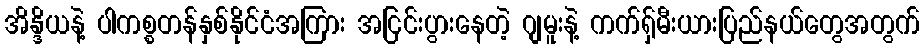
အိန္ဒိယနဲ့ ပါကစ္စတန်နှစ်နိုင်ငံအကြား အငြင်းပွားနေတဲ့ ဂျမူးနဲ့ ကက်ရှ်မီးယားပြည်နယ်တွေအတွက်